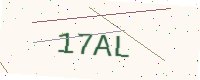
Text: 17AL